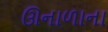
ઊનાળાના